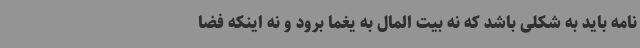
نامه باید به شکلی باشد که نه بیت المال به یغما برود و نه اینکه فضا